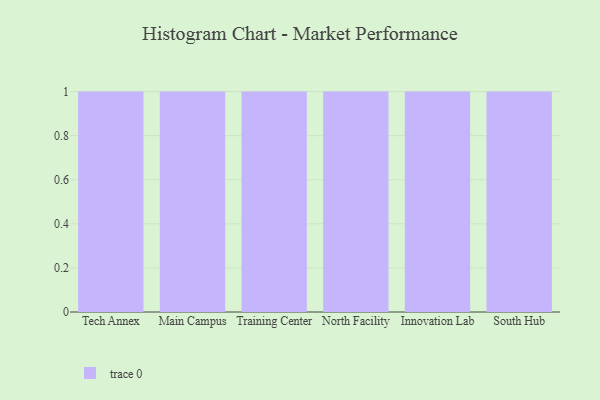
{"axis": {"x": "Campus", "y": "Tickets Resolved"}, "legend": [""], "data": [{"x": "Tech Annex", "y": 96, "type": ""}, {"x": "Main Campus", "y": 10, "type": ""}, {"x": "Training Center", "y": 10, "type": ""}, {"x": "North Facility", "y": 97, "type": ""}, {"x": "Innovation Lab", "y": 57, "type": ""}, {"x": "South Hub", "y": 80, "type": ""}]}